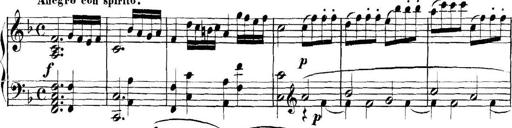
Title: Collected Piano Sonatas
Composer: Muzio Clementi